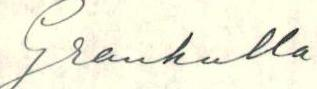
Grankulla